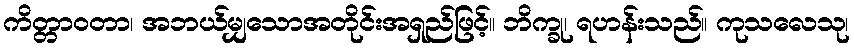
ကိတ္တာဝတာ၊ အဘယ်မျှသောအတိုင်းအရှည်ဖြင့်။ ဘိက္ခု၊ ရဟန်းသည်။ ကုသလေသု၊